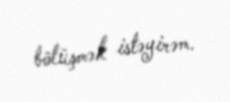
bölüşmək istəyirəm.